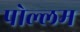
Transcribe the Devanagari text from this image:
पोल्लम